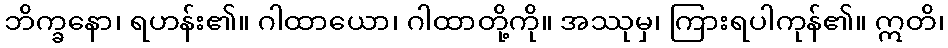
ဘိက္ခနော၊ ရဟန်း၏။ ဂါထာယော၊ ဂါထာတို့ကို။ အဿုမှ၊ ကြားရပါကုန်၏။ ဣတိ၊